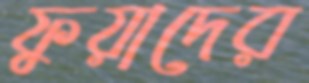
ফুয়াদের